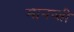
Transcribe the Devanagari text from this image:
मानव्ती